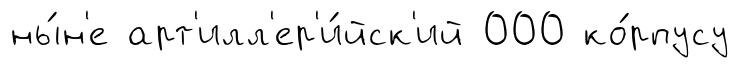
ны́н'е арт'илл'ер'и́йск'ий 000 ко́рпусу